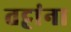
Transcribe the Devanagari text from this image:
तट्टांना